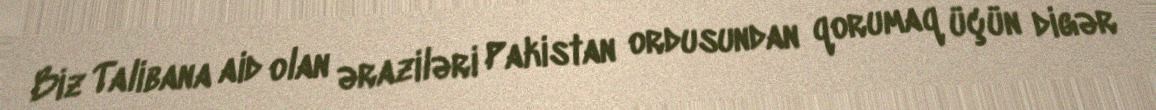
Biz Talibana aid olan əraziləri Pakistan ordusundan qorumaq üçün digər